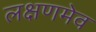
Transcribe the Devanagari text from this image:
लक्षणमेव